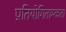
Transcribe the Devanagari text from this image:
प्रतियोगिताम्कता